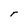
Character: r